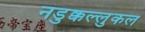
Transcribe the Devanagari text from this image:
नडुक्कल्लुकल